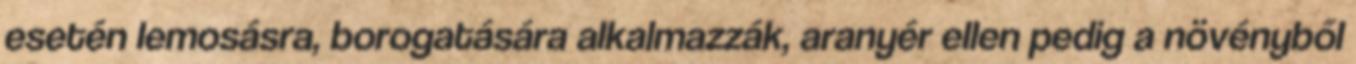
esetén lemosásra, borogatására alkalmazzák, aranyér ellen pedig a növényből